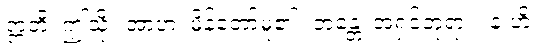
ဣတိ၊ ဤသို့။ အာဟ၊ မိန့်တော်မူ၏။ ဘန္တေ၊ အရှင်ဘုရား။ န ဟိ၊